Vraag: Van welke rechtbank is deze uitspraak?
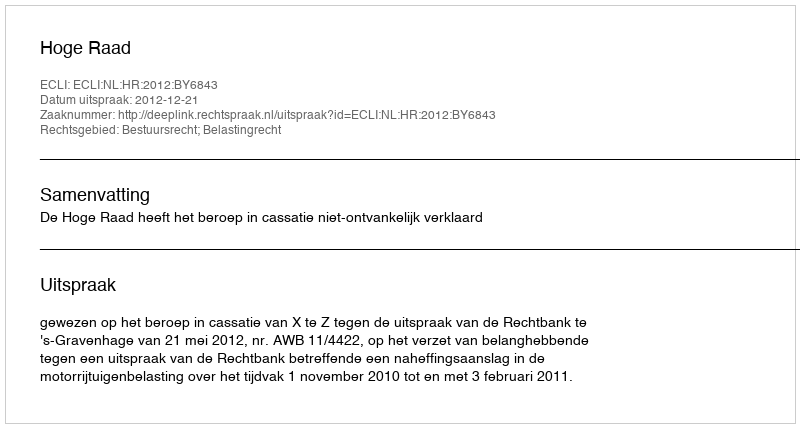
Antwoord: Hoge Raad